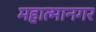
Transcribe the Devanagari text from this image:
महात्मानगर